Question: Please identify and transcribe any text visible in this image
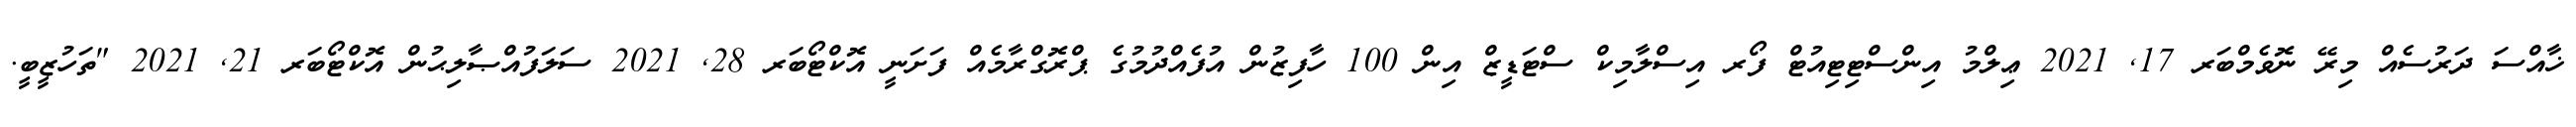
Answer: ޚާއްސަ ދަރުސެއް މިރޭ ނޮވެމްބަރ 17, 2021 ޢިލްމު އިންސްޓިޓިއުޓް ފޯރ އިސްލާމިކް ސްޓަޑީޒް އިން 100 ހާފިޒުން އުފެއްދުމުގެ ޕްރޮގްރާމެއް ފަށަނީ އޮކްޓޯބަރ 28, 2021 ސަލަފުއްޞާލިޙުން އޮކްޓޯބަރ 21, 2021 "ތަހުޒީބީ.